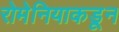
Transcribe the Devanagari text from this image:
रोमेनियाकडून